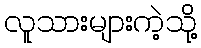
လူသားများကဲ့သို့